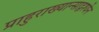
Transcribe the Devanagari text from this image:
प्राहुराख्यान्साद्वश्येन